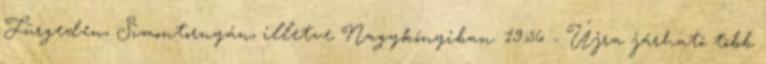
Fürgeden, Simontornyán, illetve Nagykónyiban. 19:56 - Újra járható több